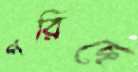
পরিছে